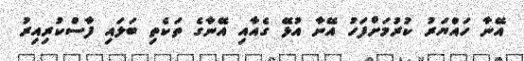
އޭނާ ހައްޔަރު ކުރުމަށްފަހު އޭނާ އުޅޭ ގެއާއި އޭނާގެ ތަކެތި ބަލައި ފާސްކުރިއިރު